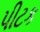
પીટક